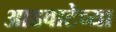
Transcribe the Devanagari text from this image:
आडवाटेच्या